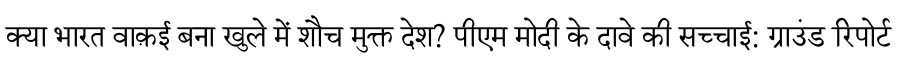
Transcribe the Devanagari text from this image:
क्या भारत वाक़ई बना खुले में शौच मुक्त देश? पीएम मोदी के दावे की सच्चाई: ग्राउंड रिपोर्ट